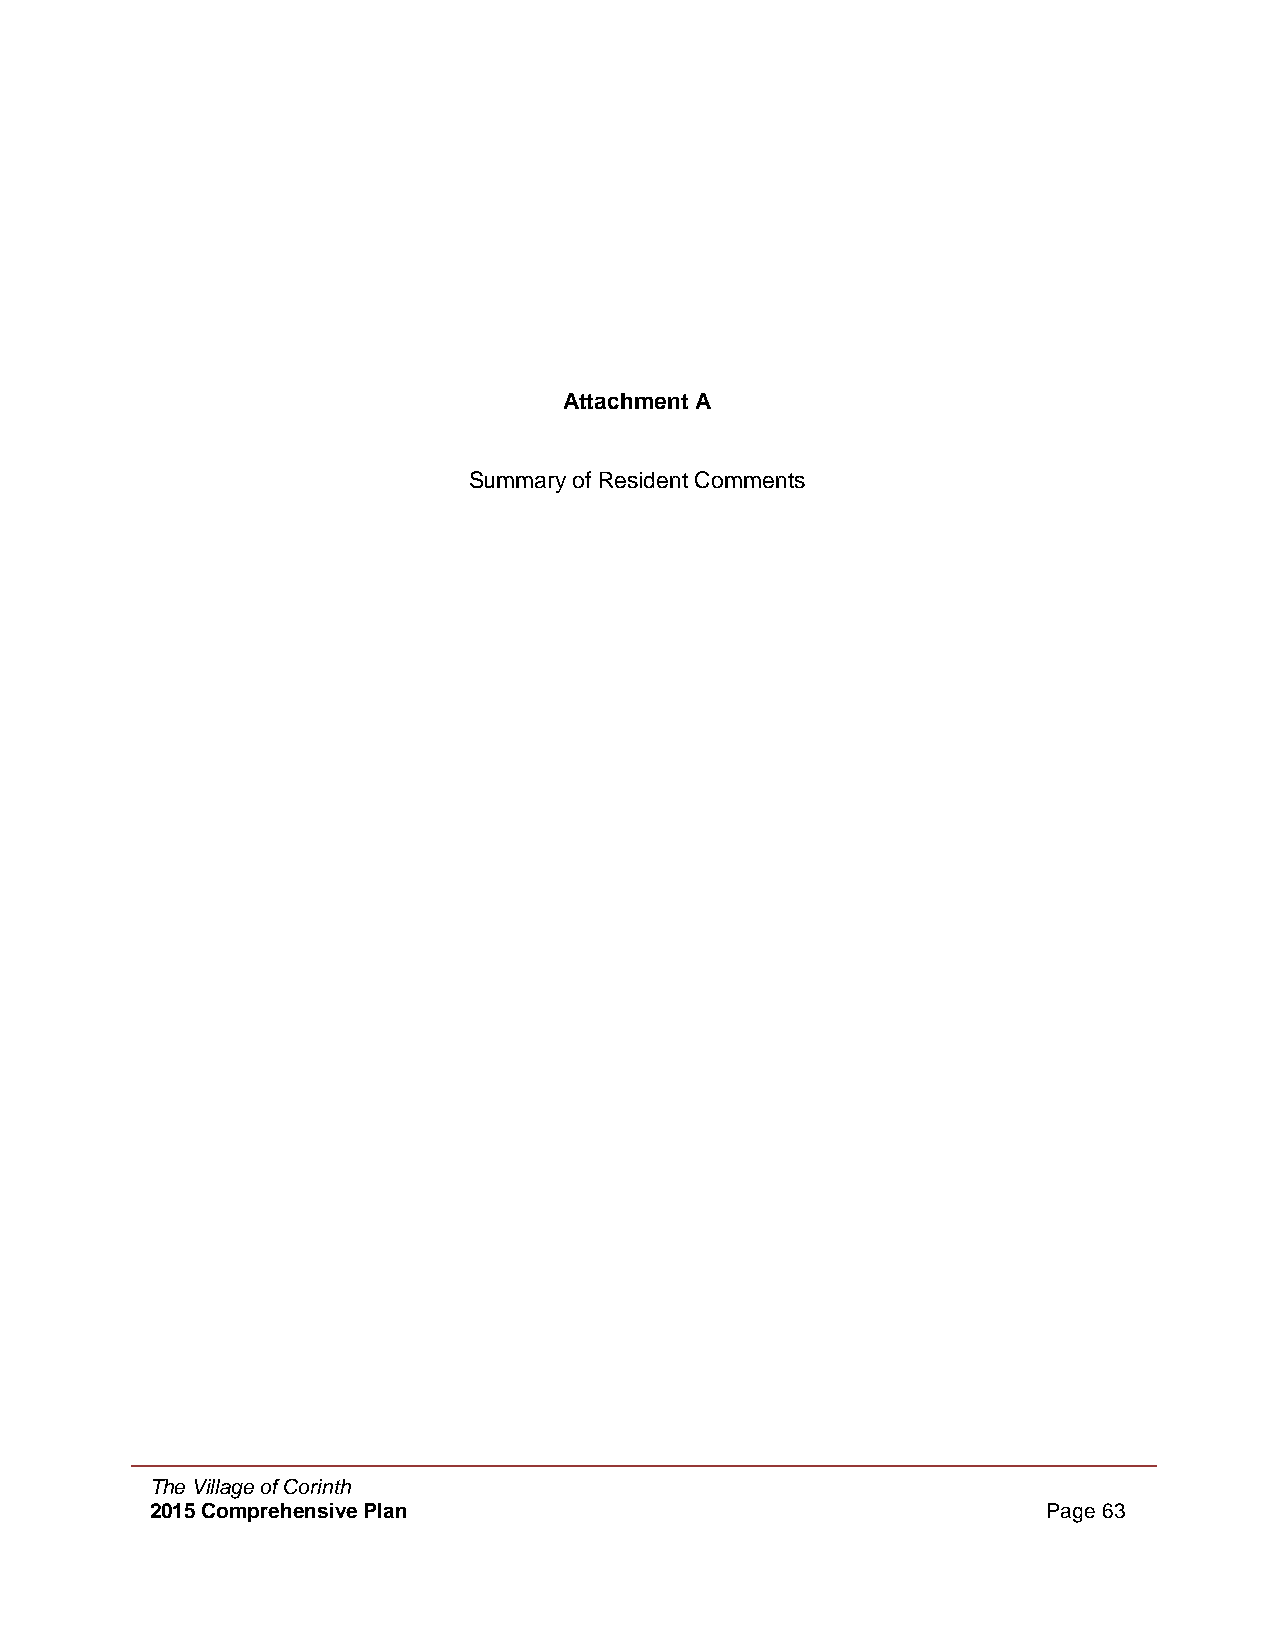
Attachment A
 Summary of Resident Comments
 The Village of Corinth
 2015 Comprehensive Plan                                    Page 63